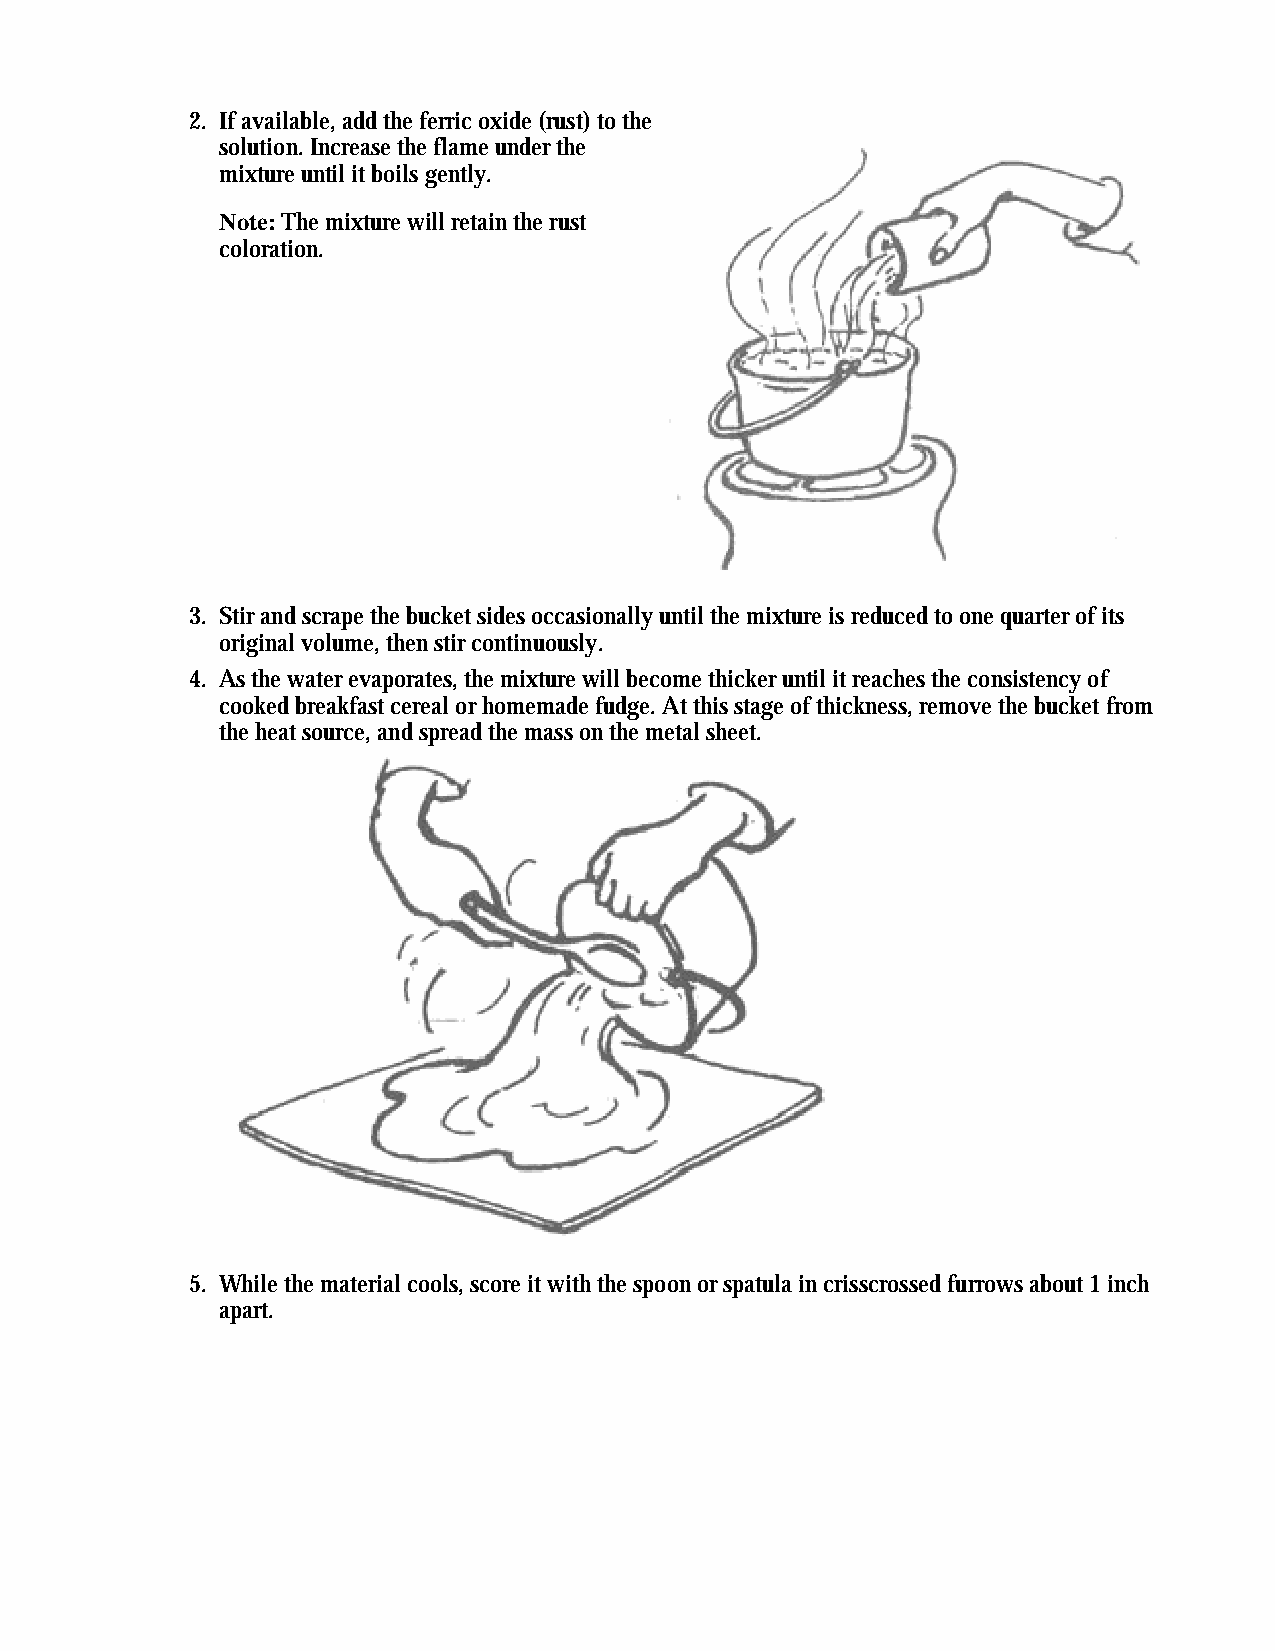
2. If available, add the ferric oxide (rust) to the
 solution. Increase the flame under the
 mixture until it boils gently.
 Note: The mixture will retain the rust
 coloration.
 3. Stir and scrape the bucket sides occasionally until the mixture is reduced to one quarter of its
 original volume, then stir continuously.
 4. As the water evaporates, the mixture will become thicker until it reaches the consistency of
 cooked breakfast cereal or homemade fudge. At this stage of thickness, remove the bucket from
 the heat source, and spread the mass on the metal sheet.
 5. While the material cools, score it with the spoon or spatula in crisscrossed furrows about 1 inch
 apart.